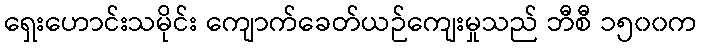
ရှေးဟောင်းသမိုင်း ကျောက်ခေတ်ယဉ်ကျေးမှုသည် ဘီစီ ၁၅၀၀က